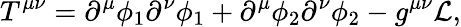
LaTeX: T^{\mu\nu}=\partial^{\mu}\phi_{1}\partial^{\nu}\phi_{1}+\partial^{\mu}\phi_{2}\partial^{\nu}\phi_{2}-g^{\mu\nu}{\cal L},